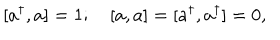
\lbrack a ^ { \dagger } , a ] = 1 ; \quad \left[ a , a \right] = [ a ^ { \dagger } , a ^ { \dagger } ] = 0 ,